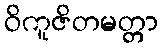
ဝိကူဇိတမတ္တာ